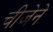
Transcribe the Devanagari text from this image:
चीजेने